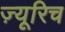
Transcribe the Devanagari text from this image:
ज़्यूरिच